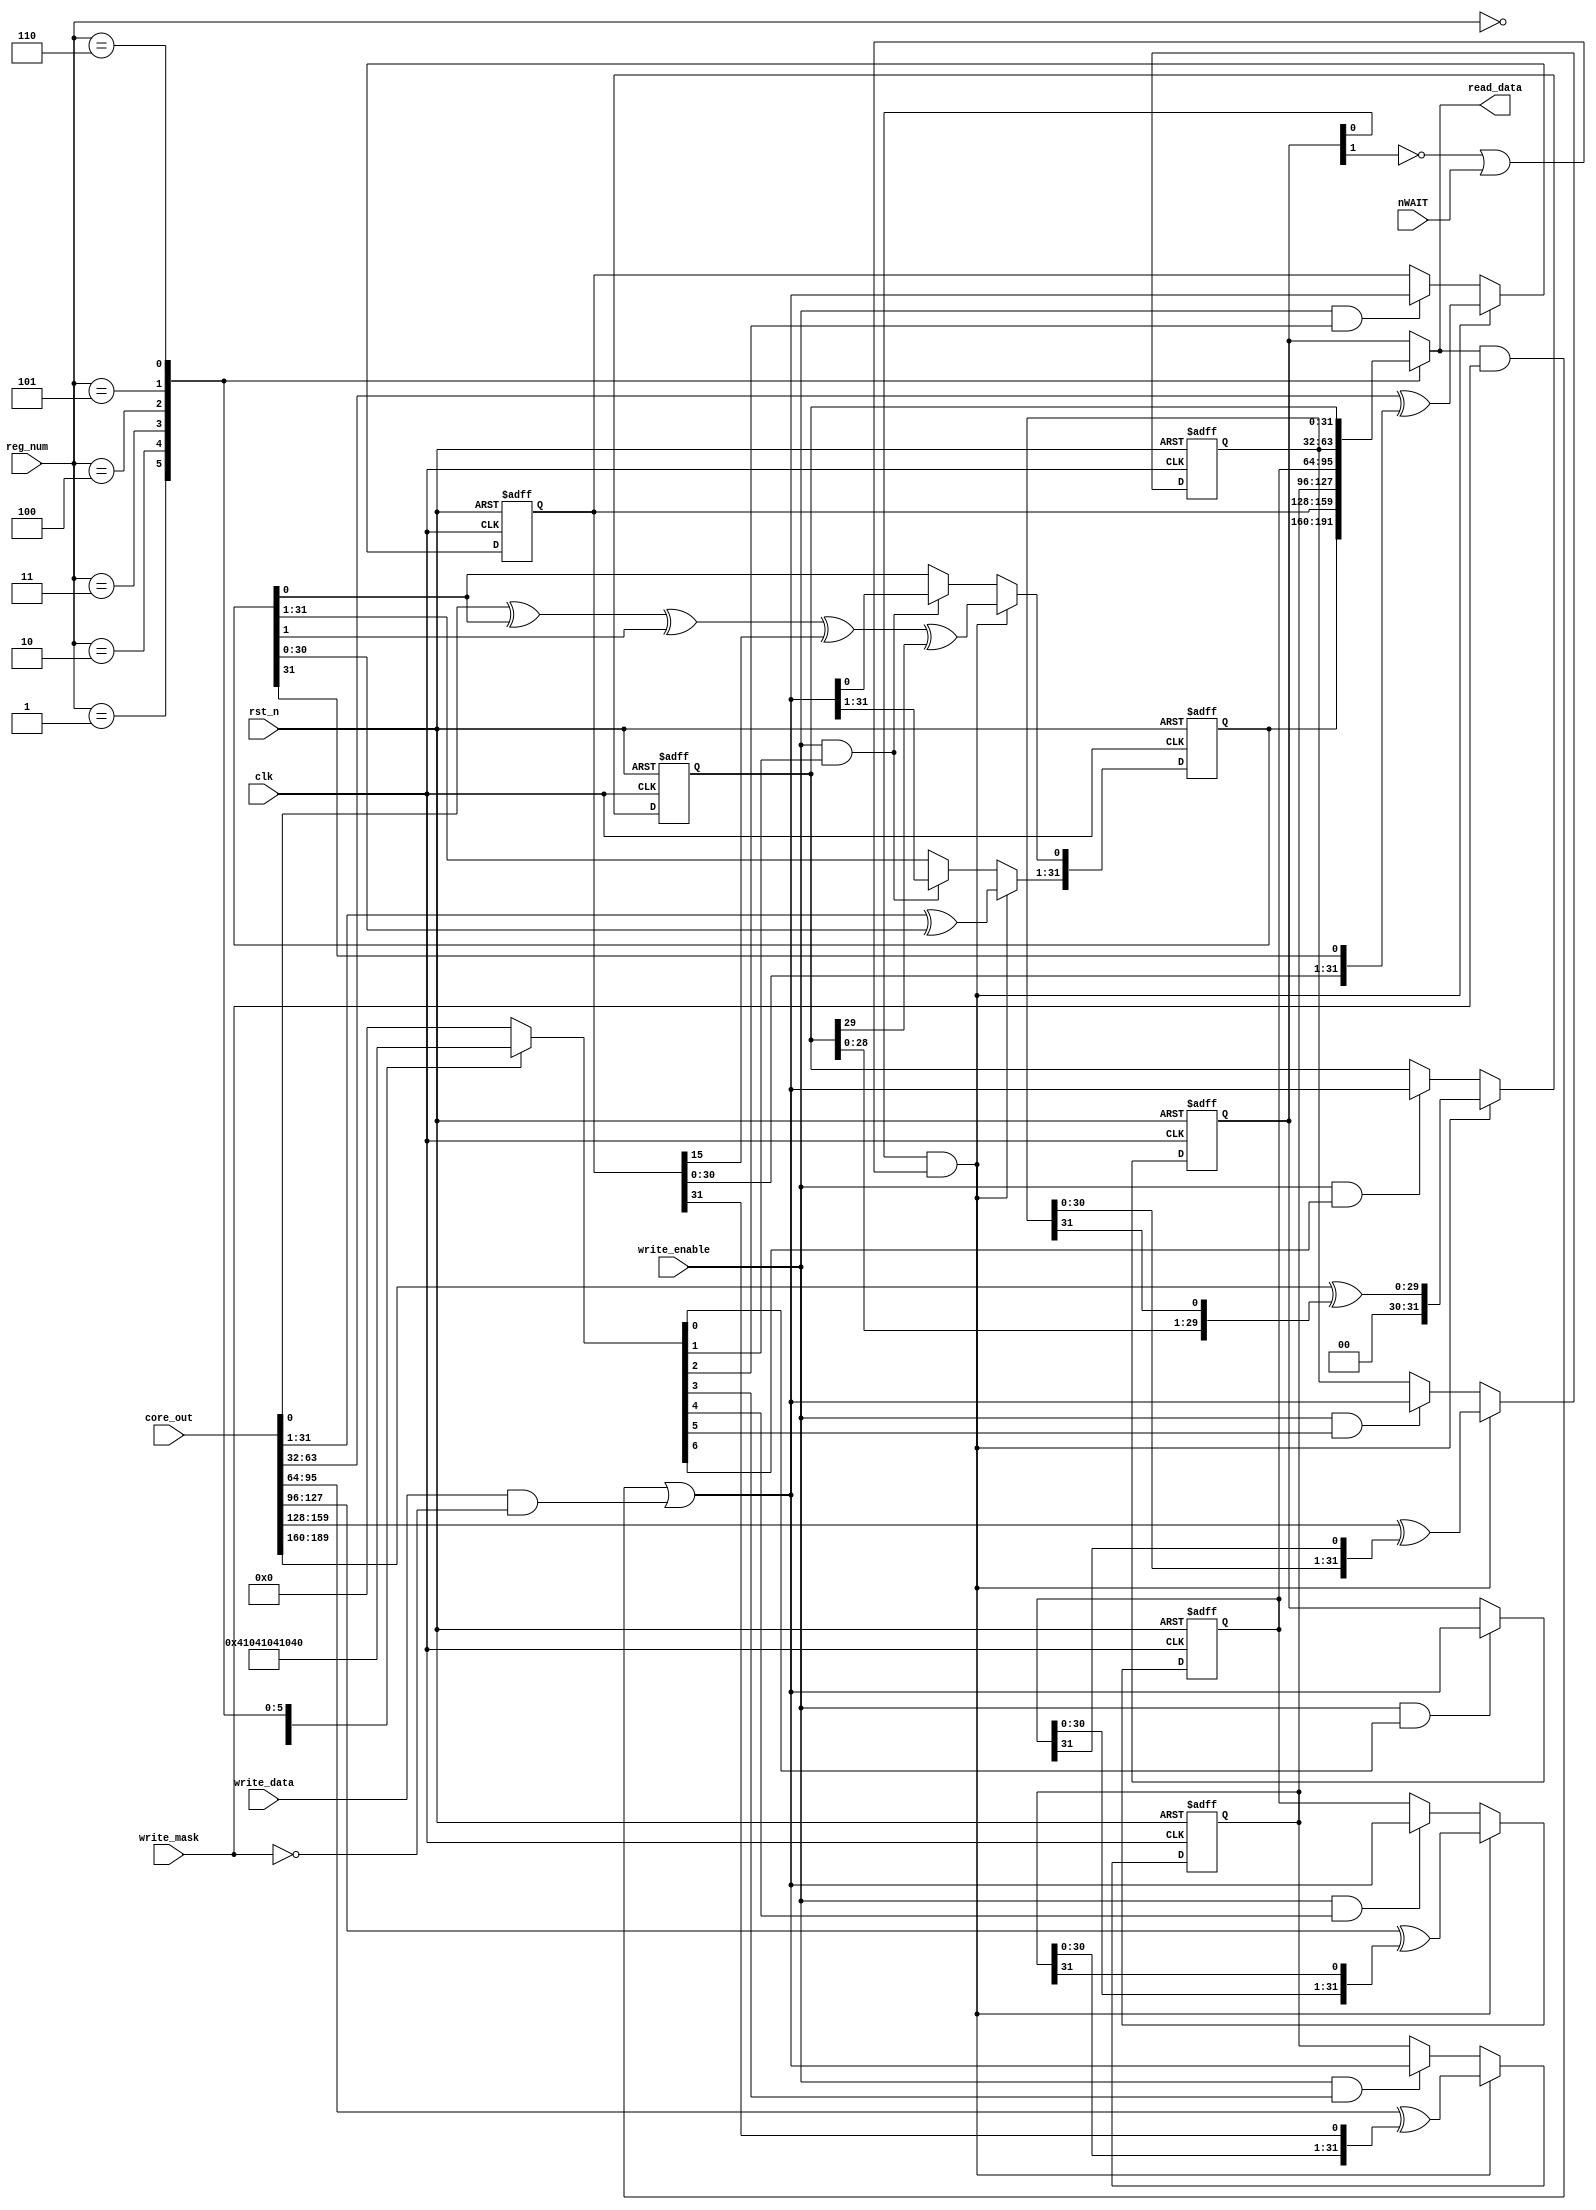
// --=========================================================================--
//  This confidential and proprietary software may be used only as
//  authorised by a licensing agreement from CAS LAB, NCKU Limited
//    (C) COPYRIGHT 2007 Computer and System LAB, NCKU Limited
//        ALL RIGHTS RESERVED
//  The entire notice above must be reproduced on all authorised
//  copies and copies may only be made to the extent permitted
//  by a licensing agreement from CAS LAB, NCKU Limited.
//  
//----------------------------------------------------------------------
// Version and Release Control Information:
// 
// File Revision       : 1.2
// 
// Release Information : 
// 
//----------------------------------------------------------------------
// Purpose             : Design for test
// ---------------------------------------------------------------------
// Revision History    : Revision 1.0  2007/02/16 13:28 York Lin
//                   Initial revision
//           Revision 1.1  2007/05/07 07:34 Tai-Hua Lu
//           Using primitive polynomial 
//           X^190 + X^47 + X^2 +X^1 + 1
//           Pal = 2^(-190) = 6.37237e-58
//           Revision 1.2  2007/05/07 07:48 Tai-Hua Lu
//                   Add nWait singal in MISR for testing
//====================================================================--

// synopsys translate_off
//`include "timescale.v"
// synopsys translate_on

module testMISRreg(
        // Input signal from System
            nWAIT,
            //System
            clk,
            rst_n,
            //Write
            reg_num,
            write_data,
            write_mask,
            write_enable,
            //Read
            read_data,
        //core output
        core_out
            );
            
    // Input signal from System
        input       nWAIT;
    
        //System
        input           clk;            // System clk
        input           rst_n;          // System nReset

        //Write
        input   [2:0]   reg_num;        // Wirte/Read registers number
        input   [31:0]  write_data;     // Write data bus
        input   [31:0]  write_mask;     // Write data mask
        input           write_enable;   // Write enable

        //Read
        output  [31:0]  read_data;      // Read data bus
    
    //core_out
    input   [189:0] core_out;

        reg     [7:0]   addr_decode;
        wire    [7:0]   reg_enable;
    wire        shift_enable;
    wire        nwait_enable;

        reg     [31:0]  reg0, reg1, reg2, reg3,
                        reg4, reg5, reg6;
        wire    [31:0]  reg_write_data;
        reg     [31:0]  read_data_content;


        //=============================================================
        //      Decode3to8 - Register Selector
        //=============================================================
        always@(reg_num)
        begin
            case(reg_num)
                3'b000: addr_decode = 8'b00000001;
                3'b001: addr_decode = 8'b00000010;
                3'b010: addr_decode = 8'b00000100;
                3'b011: addr_decode = 8'b00001000;
                3'b100: addr_decode = 8'b00010000;
                3'b101: addr_decode = 8'b00100000;
                3'b110: addr_decode = 8'b01000000;
        default:addr_decode = 8'b00000000;
            endcase
    end
        //=============================================================
        //      Register 32bits x 8
        //=============================================================
        assign  reg_enable[0]   = write_enable & addr_decode[0];
        assign  reg_enable[1]   = write_enable & addr_decode[1];
        assign  reg_enable[2]   = write_enable & addr_decode[2];
        assign  reg_enable[3]   = write_enable & addr_decode[3];
        assign  reg_enable[4]   = write_enable & addr_decode[4];
        assign  reg_enable[5]   = write_enable & addr_decode[5];
        assign  reg_enable[6]   = write_enable & addr_decode[6];
        assign  shift_enable    = reg0[0];
        assign  nwait_enable    = reg0[1];

        assign  reg_write_data  = (read_data_content & write_mask)|(write_data & (~write_mask));

        always@(posedge clk or negedge rst_n)begin
                if ((!rst_n))
                        reg0<=32'b0;
                else if (reg_enable[0])
                        reg0<=reg_write_data;
                else    reg0<=reg0;
        end
    always@(posedge clk or negedge rst_n)begin
                if ((!rst_n))
                        reg1<=32'b0;
                else if (shift_enable&&(~nwait_enable||nWAIT)) 
                begin
                    reg1[0]<=core_out[0]^reg1[0]^reg1[1]^reg2[15]^reg6[29];
                    reg1[31:1]<=core_out[31:1]^reg1[30:0];
        end
        else if (reg_enable[1])
                        reg1<=reg_write_data;
                else    reg1<=reg1;
        end
    always@(posedge clk or negedge rst_n)begin
                if ((!rst_n))
                        reg2<=32'b0;
        else if (shift_enable&&(~nwait_enable||nWAIT)) reg2<=core_out[63:32]^{reg2[30:0],reg1[31]};
                else if (reg_enable[2])
                        reg2<=reg_write_data;
                else    reg2<=reg2;
        end
    always@(posedge clk or negedge rst_n)begin
                if ((!rst_n))
                        reg3<=32'b0;
        else if (shift_enable&&(~nwait_enable||nWAIT)) reg3<=core_out[95:64]^{reg3[30:0],reg2[31]};
                else if (reg_enable[3])
                        reg3<=reg_write_data;
                else    reg3<=reg3;
        end
    always@(posedge clk or negedge rst_n)begin
                if ((!rst_n))
                        reg4<=32'b0;
        else if (shift_enable&&(~nwait_enable||nWAIT)) reg4<=core_out[127:96]^{reg4[30:0],reg3[31]};
                else if (reg_enable[4])
                        reg4<=reg_write_data;
                else    reg4<=reg4;
        end
    always@(posedge clk or negedge rst_n)begin
                if ((!rst_n))
                        reg5<=32'b0;
        else if (shift_enable&&(~nwait_enable||nWAIT)) reg5<=core_out[159:128]^{reg5[30:0],reg4[31]};
                else if (reg_enable[5])
                        reg5<=reg_write_data;
                else    reg5<=reg5;
        end
    always@(posedge clk or negedge rst_n)begin
                if ((!rst_n))
                        reg6<=32'b0;
        else if (shift_enable&&(~nwait_enable||nWAIT)) reg6<={2'b0,core_out[189:160]^{reg6[28:0],reg5[31]}};
                else if (reg_enable[6])
                        reg6<=reg_write_data;
                else    reg6<=reg6;
        end
    

        //=============================================================
        //      Mux8to1 - read data
        //=============================================================

        always@(reg0 or reg1 or reg2 or reg3 or reg4 or reg5 or reg6 or reg_num)
        begin

            case(reg_num)
                3'b000: read_data_content = reg0;
                3'b001: read_data_content = reg1;
                3'b010: read_data_content = reg2;
                3'b011: read_data_content = reg3;
                3'b100: read_data_content = reg4;
                3'b101: read_data_content = reg5;
                3'b110: read_data_content = reg6;
                default: read_data_content = reg0;
           endcase

        end

     assign  read_data = read_data_content ;
     
endmodule